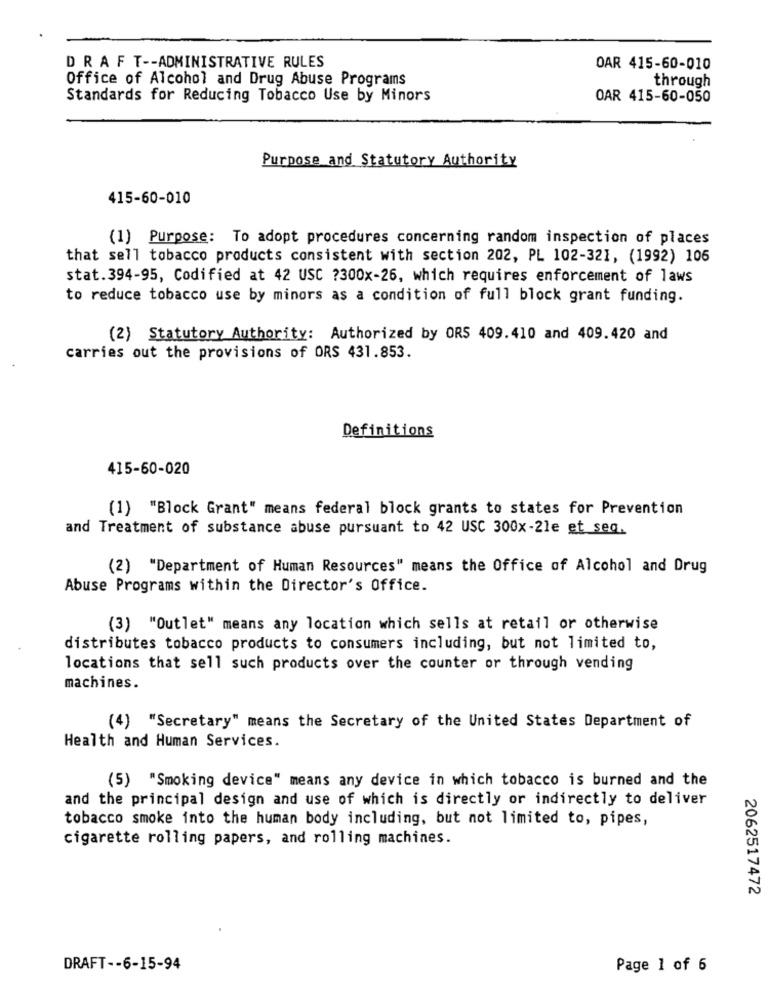
DRAFT -- ADMINISTRATIVE RULES
OAR 415-60-010
Office of Alcohol and Drug Abuse Programs
through
Standards for Reducing Tobacco Use by Minors
OAR 415-60-050
Purpose and Statutory Authority
415-60-010
(1) Purpose: To adopt procedures concerning random inspection of places
that sell tobacco products consistent with section 202, PL 102-321, (1992) 106
stat.394-95, Codified at 42 USC ?300x-26, which requires enforcement of laws
to reduce tobacco use by minors as a condition of full block grant funding.
(2) Statutory Authority: Authorized by ORS 409.410 and 409.420 and
carries out the provisions of ORS 431.853.
Definitions
415-60-020
(1) "Block Grant" means federal block grants to states for Prevention
and Treatment of substance abuse pursuant to 42 USC 300x-21e et seq.
(2) "Department of Human Resources" means the Office of Alcohol and Drug
Abuse Programs within the Director's Office.
(3) "Outlet" means any location which sells at retail or otherwise
distributes tobacco products to consumers including, but not limited to,
locations that sell such products over the counter or through vending
machines.
(4) "Secretary" means the Secretary of the United States Department of
Health and Human Services.
(5) "Smoking device" means any device in which tobacco is burned and the
and the principal design and use of which is directly or indirectly to deliver
tobacco smoke into the human body including, but not limited to, pipes,
cigarette rolling papers, and rolling machines.
2062517472
DRAFT -- 6-15-94
Page 1 of 6